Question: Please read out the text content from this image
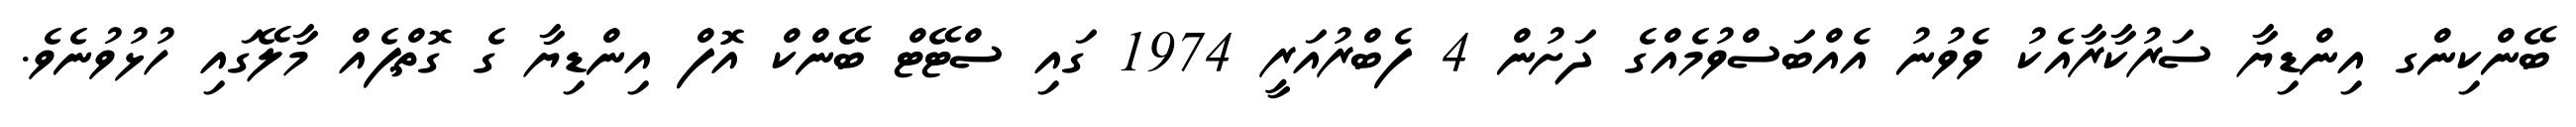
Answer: ބޭންކިންގ އިންޑިޔާ ސަރުކާރާއެކު ވެވުނު އެއްބަސްވުމެއްގެ ދަށުން 4 ފެބްރުއަރީ 1974 ގައި ސްޓޭޓް ބޭންކް އޮފް އިންޑިޔާ ގެ ގޮތްޕެއް މާލޭގައި ހުޅުވުނެވެ.